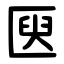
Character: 㔱